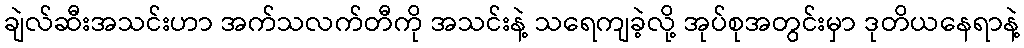
ချဲလ်ဆီးအသင်းဟာ အက်သလက်တီကို အသင်းနဲ့ သရေကျခဲ့လို့ အုပ်စုအတွင်းမှာ ဒုတိယနေရာနဲ့